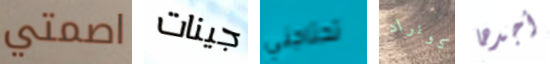
اصمتي جينات تحتاجني كونراد أجدها